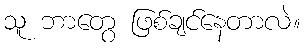
သူ ဘာတွေ ဖြစ်ချင်နေတာလဲ။